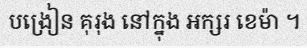
បង្រៀន គុរុង នៅក្នុង អក្សរ ខេម៉ា ។